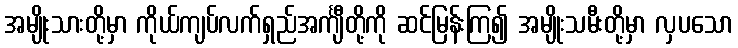
အမျိုးသားတို့မှာ ကိုယ်ကျပ်လက်ရှည်အင်္ကျီတို့ကို ဆင်မြန်းကြ၍ အမျိုးသမီးတို့မှာ လှပသော